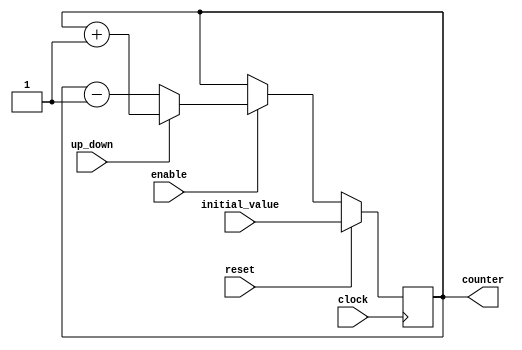
module UpDownCounter (
    input wire clock,
    input wire reset,
    input wire up_down,
    input wire enable,
    input wire [3:0] initial_value,
    output reg [3:0] counter
);

always @(posedge clock) begin
    if (reset) begin
        counter <= initial_value;
    end else begin
        if (enable) begin
            if (up_down) begin
                counter <= counter + 1;
            end else begin
                counter <= counter - 1;
            end
        end
    end
end

endmodule